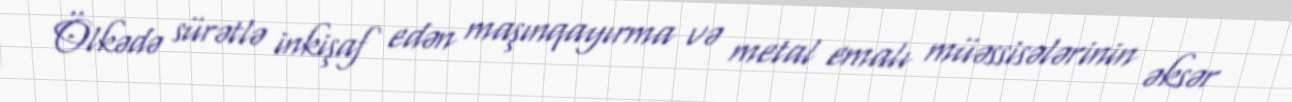
Ölkədə sürətlə inkişaf edən maşınqayırma və metal emalı müəssisələrinin əksər